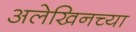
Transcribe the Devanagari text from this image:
अलेखिनच्या